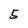
Character: 5